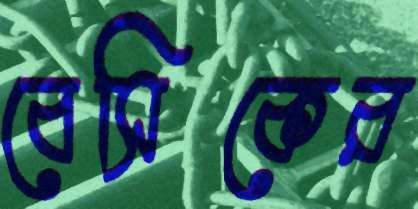
বেসিকের